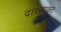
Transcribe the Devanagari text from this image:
दारूमुक्त